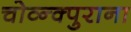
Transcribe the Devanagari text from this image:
चोव्न्क्पुराना